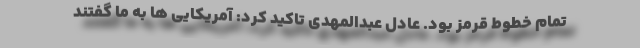
تمام خطوط قرمز بود. عادل عبدالمهدی تاکید کرد: آمریکایی ها به ما گفتند